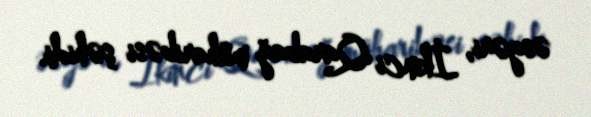
əsgəri, İkinci Qarabağ müharibəsi şəhidi.